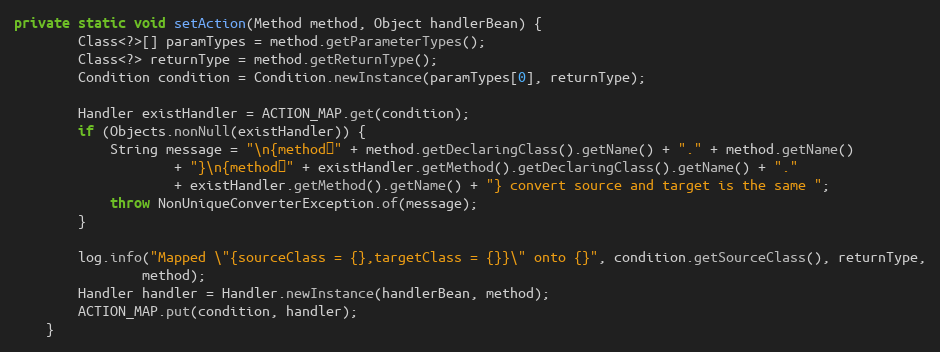
Language: Java
private static void setAction(Method method, Object handlerBean) {
        Class<?>[] paramTypes = method.getParameterTypes();
        Class<?> returnType = method.getReturnType();
        Condition condition = Condition.newInstance(paramTypes[0], returnType);

        Handler existHandler = ACTION_MAP.get(condition);
        if (Objects.nonNull(existHandler)) {
            String message = "\n{method：" + method.getDeclaringClass().getName() + "." + method.getName()
                    + "}\n{method：" + existHandler.getMethod().getDeclaringClass().getName() + "."
                    + existHandler.getMethod().getName() + "} convert source and target is the same ";
            throw NonUniqueConverterException.of(message);
        }

        log.info("Mapped \"{sourceClass = {},targetClass = {}}\" onto {}", condition.getSourceClass(), returnType,
                method);
        Handler handler = Handler.newInstance(handlerBean, method);
        ACTION_MAP.put(condition, handler);
    }